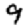
Digit: 9